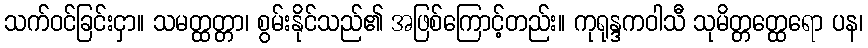
သက်ဝင်ခြင်းငှာ။ သမတ္ထတ္တာ၊ စွမ်းနိုင်သည်၏ အဖြစ်ကြောင့်တည်း။ ကုရုန္ဒကဝါသီ သုမိတ္တတ္ထေရော ပန၊